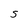
Character: S